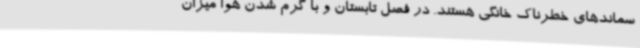
سماندهای خطرناک خانگی هستند. در فصل تابستان و با گرم شدن هوا میزان